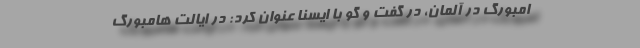
امبورگ در آلمان، در گفت و گو با ایسنا عنوان کرد: در ایالت هامبورگ